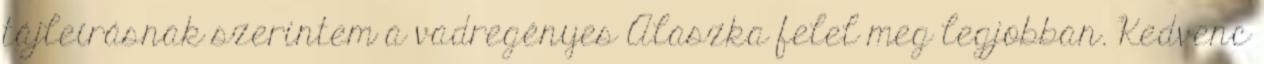
tájleírásnak szerintem a vadregényes Alaszka felel meg legjobban. Kedvenc